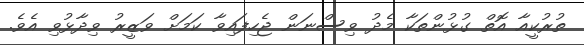
ތުރުކީއާ އޮތް ގުޅުންތަކާ މެދު ވިސްނަން ޖެހިފައިވާ ކަމަށް ވަޒީރު ވިދާޅުވި އެވެ.